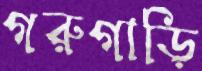
গরুগাড়ি